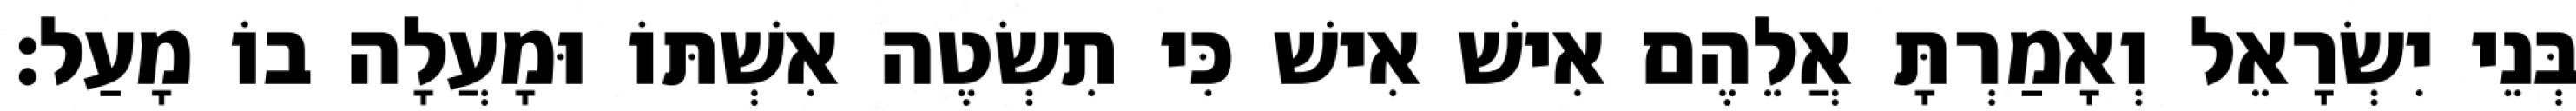
בְּנֵי יִשְׂרָאֵל וְאָמַרְתָּ אֲלֵהֶם אִישׁ אִישׁ כִּי תִשְׂטֶה אִשְׁתּוֹ וּמָעֲלָה בוֹ מָעַל׃